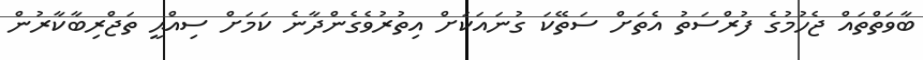
ބާވަތްތައް ޖެހުމުގެ ފުރްސަތު އެތަށް ސަތޭކަ ގުނައަކަށް އިތުރުވެގެންދާނެ ކަމަށް ސިއްޙީ ތަޖްރިބާކާރުން